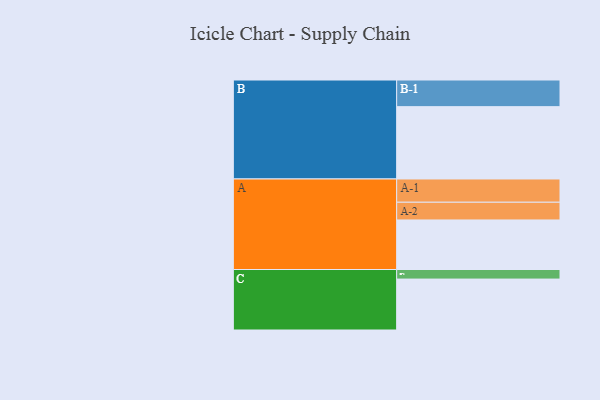
{"axis": {"x": "Segment", "y": "Value"}, "legend": ["", "A", "B", "C"], "data": [{"x": "A", "y": 394, "type": ""}, {"x": "B", "y": 575, "type": ""}, {"x": "C", "y": 405, "type": ""}, {"x": "A-1", "y": 185, "type": "A"}, {"x": "A-2", "y": 141, "type": "A"}, {"x": "B-1", "y": 212, "type": "B"}, {"x": "C-1", "y": 76, "type": "C"}]}